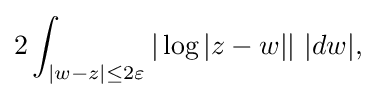
\displaystyle {2\int _{|w-z|\leq 2\varepsilon }|\log |z-w||\,\,|dw|,}